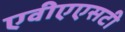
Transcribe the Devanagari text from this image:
एवीएएसटी